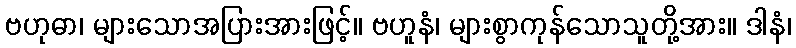
ဗဟုဓာ၊ များသောအပြားအားဖြင့်။ ဗဟူနံ၊ များစွာကုန်သောသူတို့အား။ ဒါနံ၊